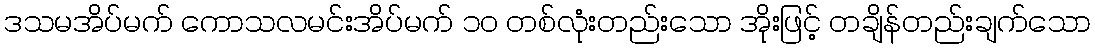
ဒသမအိပ်မက် ကောသလမင်းအိပ်မက် ၁၀ တစ်လုံးတည်းသော အိုးဖြင့် တချိန်တည်းချက်သော